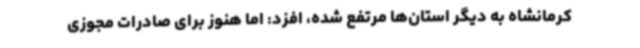
کرمانشاه به دیگر استان‌ها مرتفع شده، افزد: اما هنوز برای صادرات مجوزی